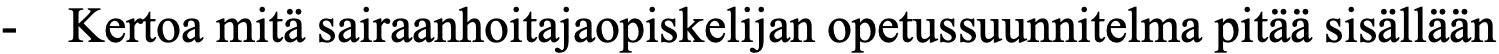
-  Kertoa mitä sairaanhoitajaopiskelijan opetussuunnitelma pitää sisällään